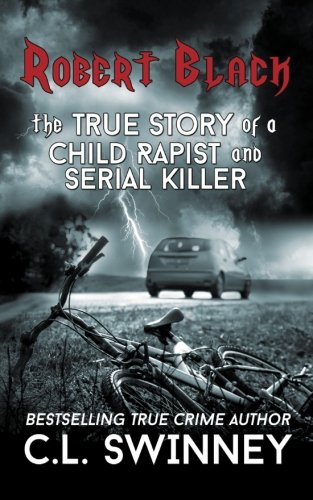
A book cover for Robert Black: The True Story of a Child Rapist and Serial Killer; CL Swinney; Biographies & Memoirs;